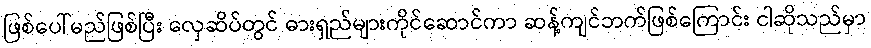
ဖြစ်ပေါ်မည်ဖြစ်ပြီး လှေဆိပ်တွင် ဓားရှည်များကိုင်ဆောင်ကာ ဆန့်ကျင်ဘက်ဖြစ်ကြောင်း ငါဆိုသည်မှာ